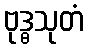
ဗုဒ္ဓသုတံ